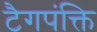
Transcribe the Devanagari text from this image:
टैगपंक्ति